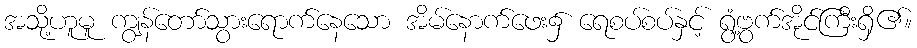
အသို့ဟူမူ ကျွန်တော်သွားရောက်နေသော အိမ်နောက်ဖေး၌ ရေစပ်စပ်နှင့် ရွံ့ဗွက်အိုင်ကြီးရှိ၏။